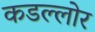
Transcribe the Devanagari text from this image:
कडल्लोर